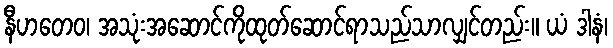
နီဟတေဝ၊ အသုံးအဆောင်ကိုထုတ်ဆောင်ရာသည်သာလျှင်တည်း။ ယံ ဒါနံ၊